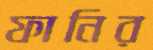
ফানির